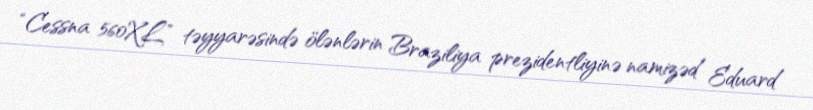
“Cessna 560XL” təyyarəsində ölənlərin Braziliya prezidentliyinə namizəd Eduard